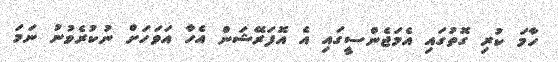
ހާމަ ކުރި ގޮތުގައި އެމަޖެންސީގައި އެ އޮފަރޭޝަން އެހާ އަވަހަށް ނުކުރެވުނު ނަމަ